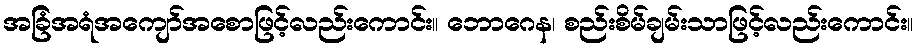
အခြံအရံအကျော်အစောဖြင့်လည်းကောင်း။ ဘောဂေန၊ စည်းစိမ်ချမ်းသာဖြင့်လည်းကောင်း။